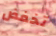
تخفض